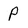
Character: P